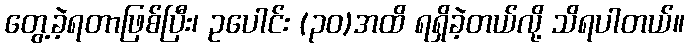
တွေ့ခဲ့ရတာဖြစ်ပြီး၊ ဥပေါင်း (၃၀)အထိ ရရှိခဲ့တယ်လို့ သိရပါတယ်။